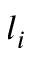
l _ { i }